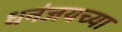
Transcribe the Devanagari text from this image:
धनंजयच्या